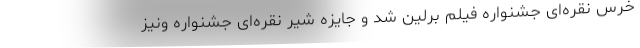
خرس نقره‌ای جشنواره فیلم برلین شد و جایزه شیر نقره‌ای جشنواره ونیز